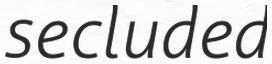
secluded